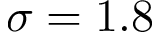
\sigma = 1 . 8